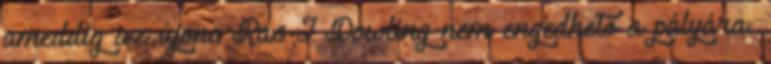
ameddig az újonc Ras-I Dowling nem engedhető a pályára.